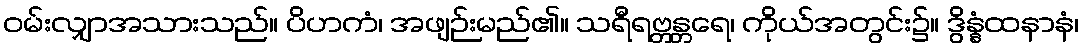
ဝမ်းလျှာအသားသည်။ ပိဟကံ၊ အဖျဉ်းမည်၏။ သရီရဗ္တန္တရေ၊ ကိုယ်အတွင်း၌။ ဒွိန္နံထနာနံ၊